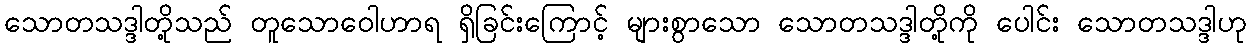
သောတသဒ္ဒါတို့သည် တူသောဝေါဟာရ ရှိခြင်းကြောင့် များစွာသော သောတသဒ္ဒါတို့ကို ပေါင်း သောတသဒ္ဒါဟု